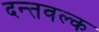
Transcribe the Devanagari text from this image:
दन्तवल्क